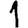
Digit: 1